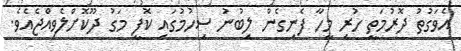
އެވަގުތު ދޮރުމަތީ ހުރި މީހާ ފެނިގެން ލިބުނު ސިހުމުގައި ކޮފީ މަގު ދޫކޮށްލެވިއްޖެއެވެ.